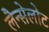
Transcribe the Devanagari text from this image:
लैन्सेलोट